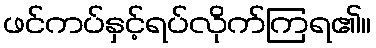
ဖင်ကပ်နှင့်ရပ်လိုက်ကြရ၏။